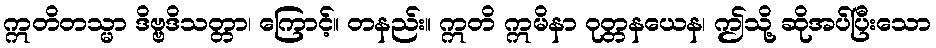
ဣတိတသ္မာ ဒိဗ္ဗဒိသတ္တာ၊ ကြောင့်။ တနည်း။ ဣတိ ဣမိနာ ဝုတ္တနယေန၊ ဤသို့ ဆိုအပ်ပြီးသော